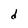
Character: d